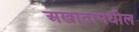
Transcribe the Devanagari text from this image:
अखातामधील